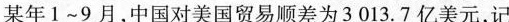
某年1~9月，中国对美国贸易顺差为3013.7亿美元，记